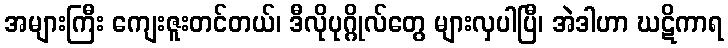
အများကြီး ကျေးဇူးတင်တယ်၊ ဒီလိုပုဂ္ဂိုလ်တွေ များလှပါပြီ၊ အဲဒါဟာ ဃဋိကာရ